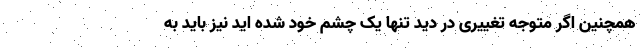
همچنین اگر متوجه تغییری در دید تنها یک چشم خود شده اید نیز باید به